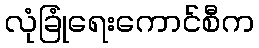
လုံခြုံရေးကောင်စီက